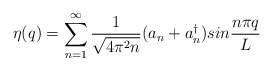
\begin{align*}\eta (q) = \sum_{n=1}^{\infty} {1\over\sqrt{4\pi^2 n}}(a_n +a_n^\dagger ) sin{n\pi q\over L} \end{align*}